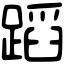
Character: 蹈